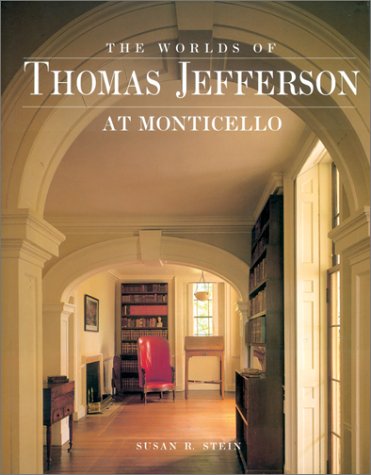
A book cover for Worlds of Thomas Jefferson At Monticello; Susan R. Stein; Crafts, Hobbies & Home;